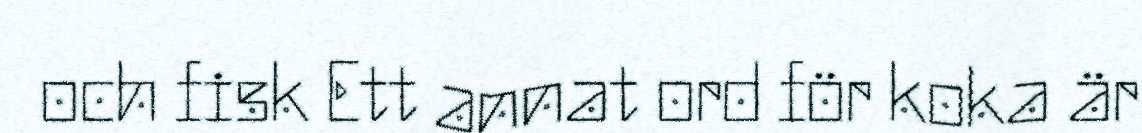
och fisk Ett annat ord för koka är